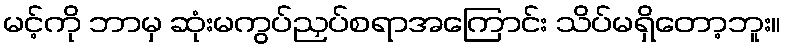
မင့်ကို ဘာမှ ဆုံးမကွပ်ညှပ်စရာအကြောင်း သိပ်မရှိတော့ဘူး။